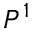
P ^ { 1 }